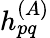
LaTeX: h_{pq}^{(A)}